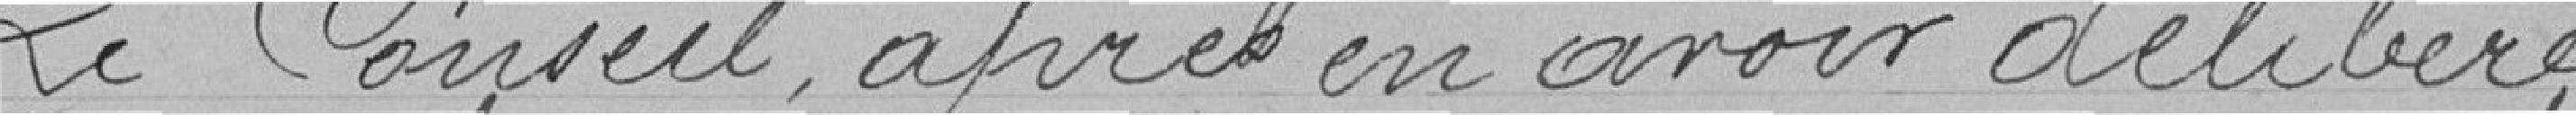
Le Conseil, après en avoir délibéré